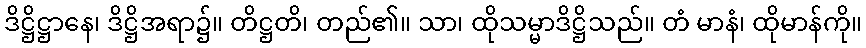
ဒိဋ္ဌိဋ္ဌာနေ၊ ဒိဋ္ဌိအရာ၌။ တိဋ္ဌတိ၊ တည်၏။ သာ၊ ထိုသမ္မာဒိဋ္ဌိသည်။ တံ မာနံ၊ ထိုမာန်ကို။